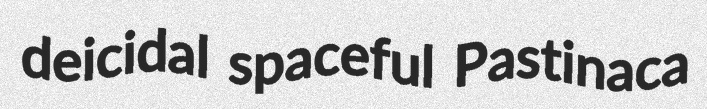
deicidal spaceful Pastinaca